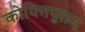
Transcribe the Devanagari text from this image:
कोयित्तपुरान